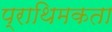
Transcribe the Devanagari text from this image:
प्राथिमकता